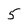
Character: 5